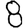
Digit: 8